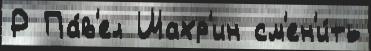
Р Па́в'ел Шахр'ин см'ен'и́ть